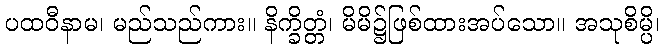
ပထဝီနာမ၊ မည်သည်ကား။ နိက္ခိတ္တံ၊ မိမိ၌ဖြစ်ထားအပ်သော။ အသုစိမ္ပိ၊